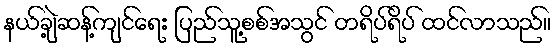
နယ်ချဲ့ဆန့်ကျင်ရေး ပြည်သူ့စစ်အသွင် တရိပ်ရိပ် ထင်လာသည်။